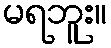
မရဘူး။